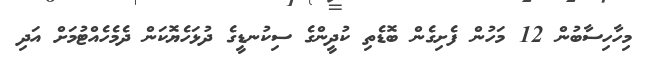
މިހާހިސާބުން 12 މަހުން ފެށިގެން ބޮޑެތި ކުދީންގެ ސިކުނޑީގެ ދުޅަހެޔޮކަން ދެމެހެއްޓުމަށް އަދި